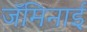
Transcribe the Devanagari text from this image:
जॅमिनाई